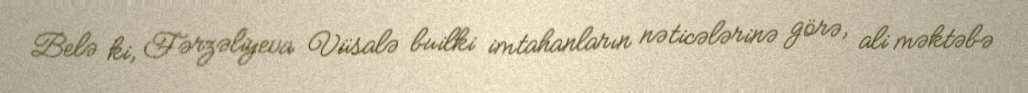
Belə ki, Fərzəliyeva Vüsalə builki imtahanların nəticələrinə görə, ali məktəbə